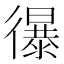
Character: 𢖔